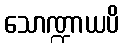
သောဏ္ဍာယပိ